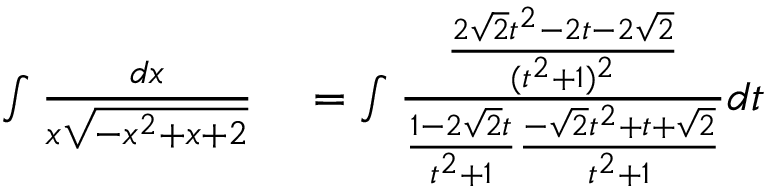
\begin{array} { r l } { \int { \frac { d x } { x { \sqrt { - x ^ { 2 } + x + 2 } } } } } & { { } = \int { \frac { \frac { 2 { \sqrt { 2 } } t ^ { 2 } - 2 t - 2 { \sqrt { 2 } } } { ( t ^ { 2 } + 1 ) ^ { 2 } } } { { \frac { 1 - 2 { \sqrt { 2 } } t } { t ^ { 2 } + 1 } } { \frac { - { \sqrt { 2 } } t ^ { 2 } + t + { \sqrt { 2 } } } { t ^ { 2 } + 1 } } } } d t } \end{array}